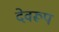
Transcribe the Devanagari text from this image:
देवरूप